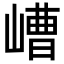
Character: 嶆